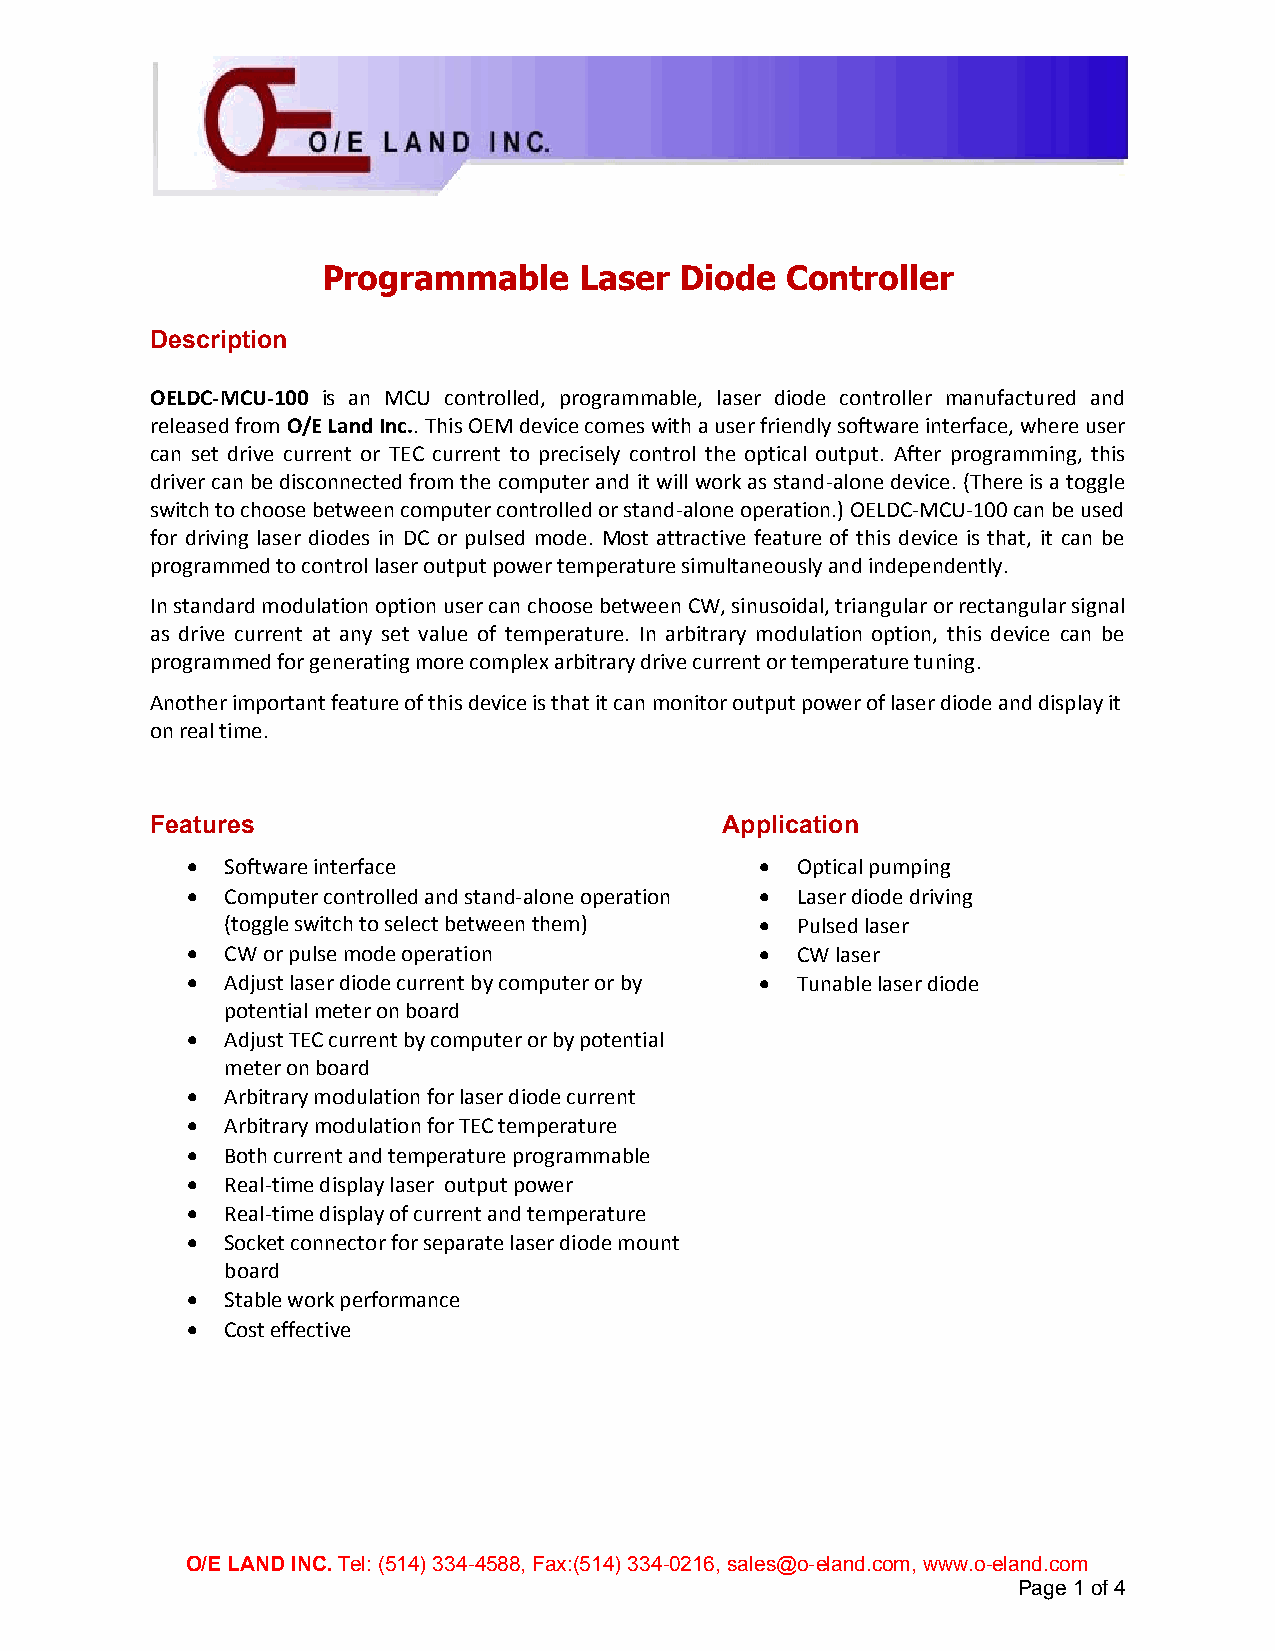
Programmable     Laser  Diode  Controller
 Description
 OELDC-MCU-100 is an MCU controlled, programmable, laser diode controller manufactured and
 released from O/E Land Inc.. This OEM device comes with a user friendly software interface, where user
 can set drive current or TEC current to precisely control the optical output. After programming, this
 driver can be disconnected from the computer and it will work as stand-alone device. (There is a toggle
 switch to choose between computer controlled or stand-alone operation.) OELDC-MCU-100 can be used
 for driving laser diodes in DC or pulsed mode. Most attractive feature of this device is that, it can be
 programmed to control laser output power temperature simultaneously and independently.
 In standard modulation option user can choose between CW, sinusoidal, triangular or rectangular signal
 as drive current at any set value of temperature. In arbitrary modulation option, this device can be
 programmed for generating more complex arbitrary drive current or temperature tuning.
 Another important feature of this device is that it can monitor output power of laser diode and display it
 on real time.
 Features                              Application
   Software interface                   Optical pumping
   Computer controlled and stand-alone operation  Laser diode driving
 (toggle switch to select between them)  Pulsed laser
   CW or pulse mode operation           CW laser
   Adjust laser diode current by computer or by  Tunable laser diode
 potential meter on board
   Adjust TEC current by computer or by potential
 meter on board
   Arbitrary modulation for laser diode current
   Arbitrary modulation for TEC temperature
   Both current and temperature programmable
   Real-time display laser output power
   Real-time display of current and temperature
   Socket connector for separate laser diode mount
 board
   Stable work performance
   Cost effective
 O/E LAND INC. Tel: (514) 334-4588, Fax:(514) 334-0216, sales@o-eland.com, www.o-eland.com
 Page 1 of 4